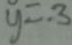
y = - 3